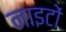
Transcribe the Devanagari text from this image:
नाइटों